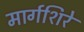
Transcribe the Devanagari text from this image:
मार्गशिरे